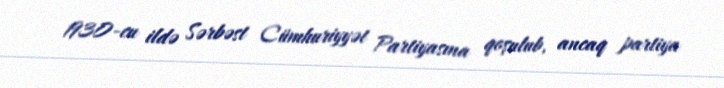
1930-cu ildə Sərbəst Cümhuriyyət Partiyasına qoşulub, ancaq partiya